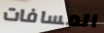
المسافات